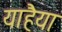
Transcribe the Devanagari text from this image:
याहैया